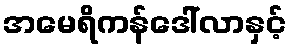
အမေရိကန်ဒေါ်လာနှင့်